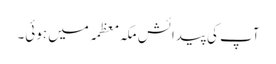
آپ کی پیدائش مکہ معظمہ میں ہوئی۔